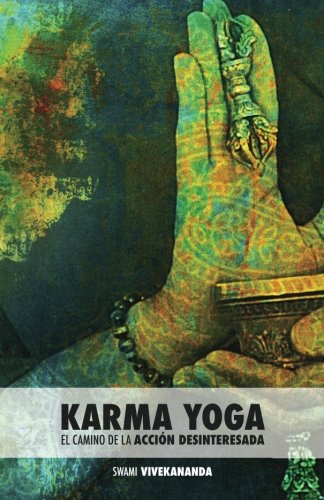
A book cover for Karma Yoga: El Camino de la AcciÃ³n Desinteresada (Spanish Edition); Swami Vivekananda; Religion & Spirituality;